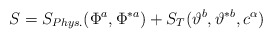
\begin{align*}S = S_{Phys.}(\Phi^a,\Phi^{\ast a}) + S_T(\vartheta^b,\vartheta^{\ast b}, c^\alpha)\end{align*}